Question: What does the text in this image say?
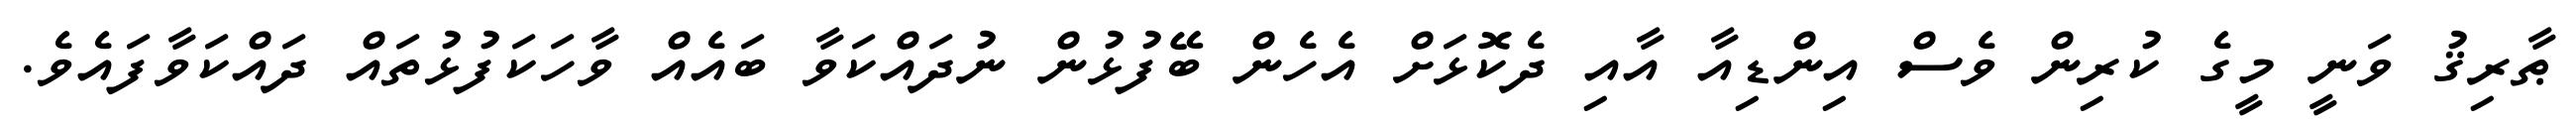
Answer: ޠާރިޤު ވަނީ މީގެ ކުރިން ވެސް އިންޑިއާ އާއި ދެކޮޅަށް އެހެން ބޭފުޅުން ނުދައްކަވާ ބައެއް ވާހަކަފުޅުތައް ދައްކަވާފައެވެ.